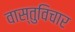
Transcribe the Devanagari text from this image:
वास्तुविचार